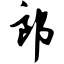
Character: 郎